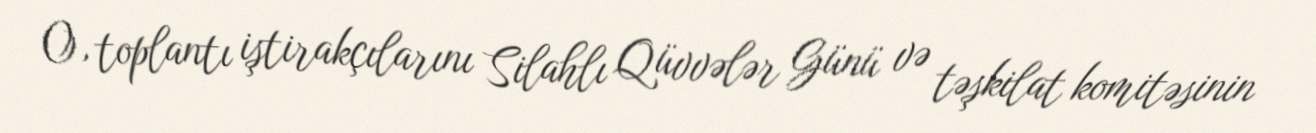
O, toplantı iştirakçılarını Silahlı Qüvvələr Günü və təşkilat komitəsinin